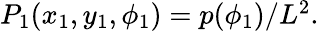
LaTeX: \begin{array}{r}{P_{1}(x_{1},y_{1},\phi_{1})=p(\phi_{1})/L^{2}.}\end{array}